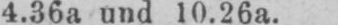
4.36a und 10.26a.